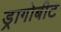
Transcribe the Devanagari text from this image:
ड्रागोबीट